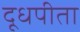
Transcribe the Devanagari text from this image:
दूधपीता